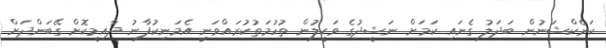
ކަރެކްޝަނުން ބަދަލު ގެނައި ކަމަށް ނަޝީދުގެ ވަކީލުން ތުހުމަތުކުރައްވަނީ އެމަނިކުފާނު ދާއިމީކޮށް ގޭބަންދަށް